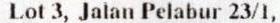
LOT 3, JALAN PELABUR 23/1,